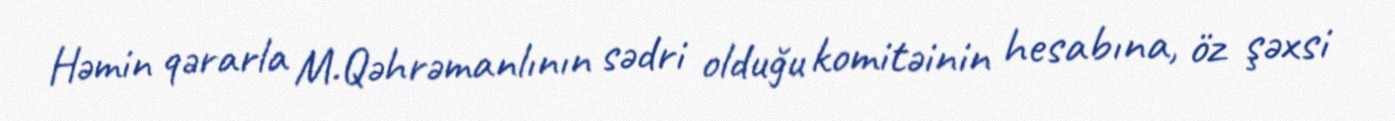
Həmin qərarla M.Qəhrəmanlının sədri olduğu komitəinin hesabına, öz şəxsi